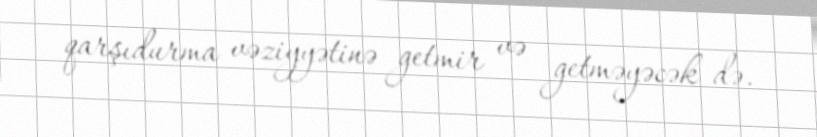
qarşıdurma vəziyyətinə getmir və getməyəcək də.